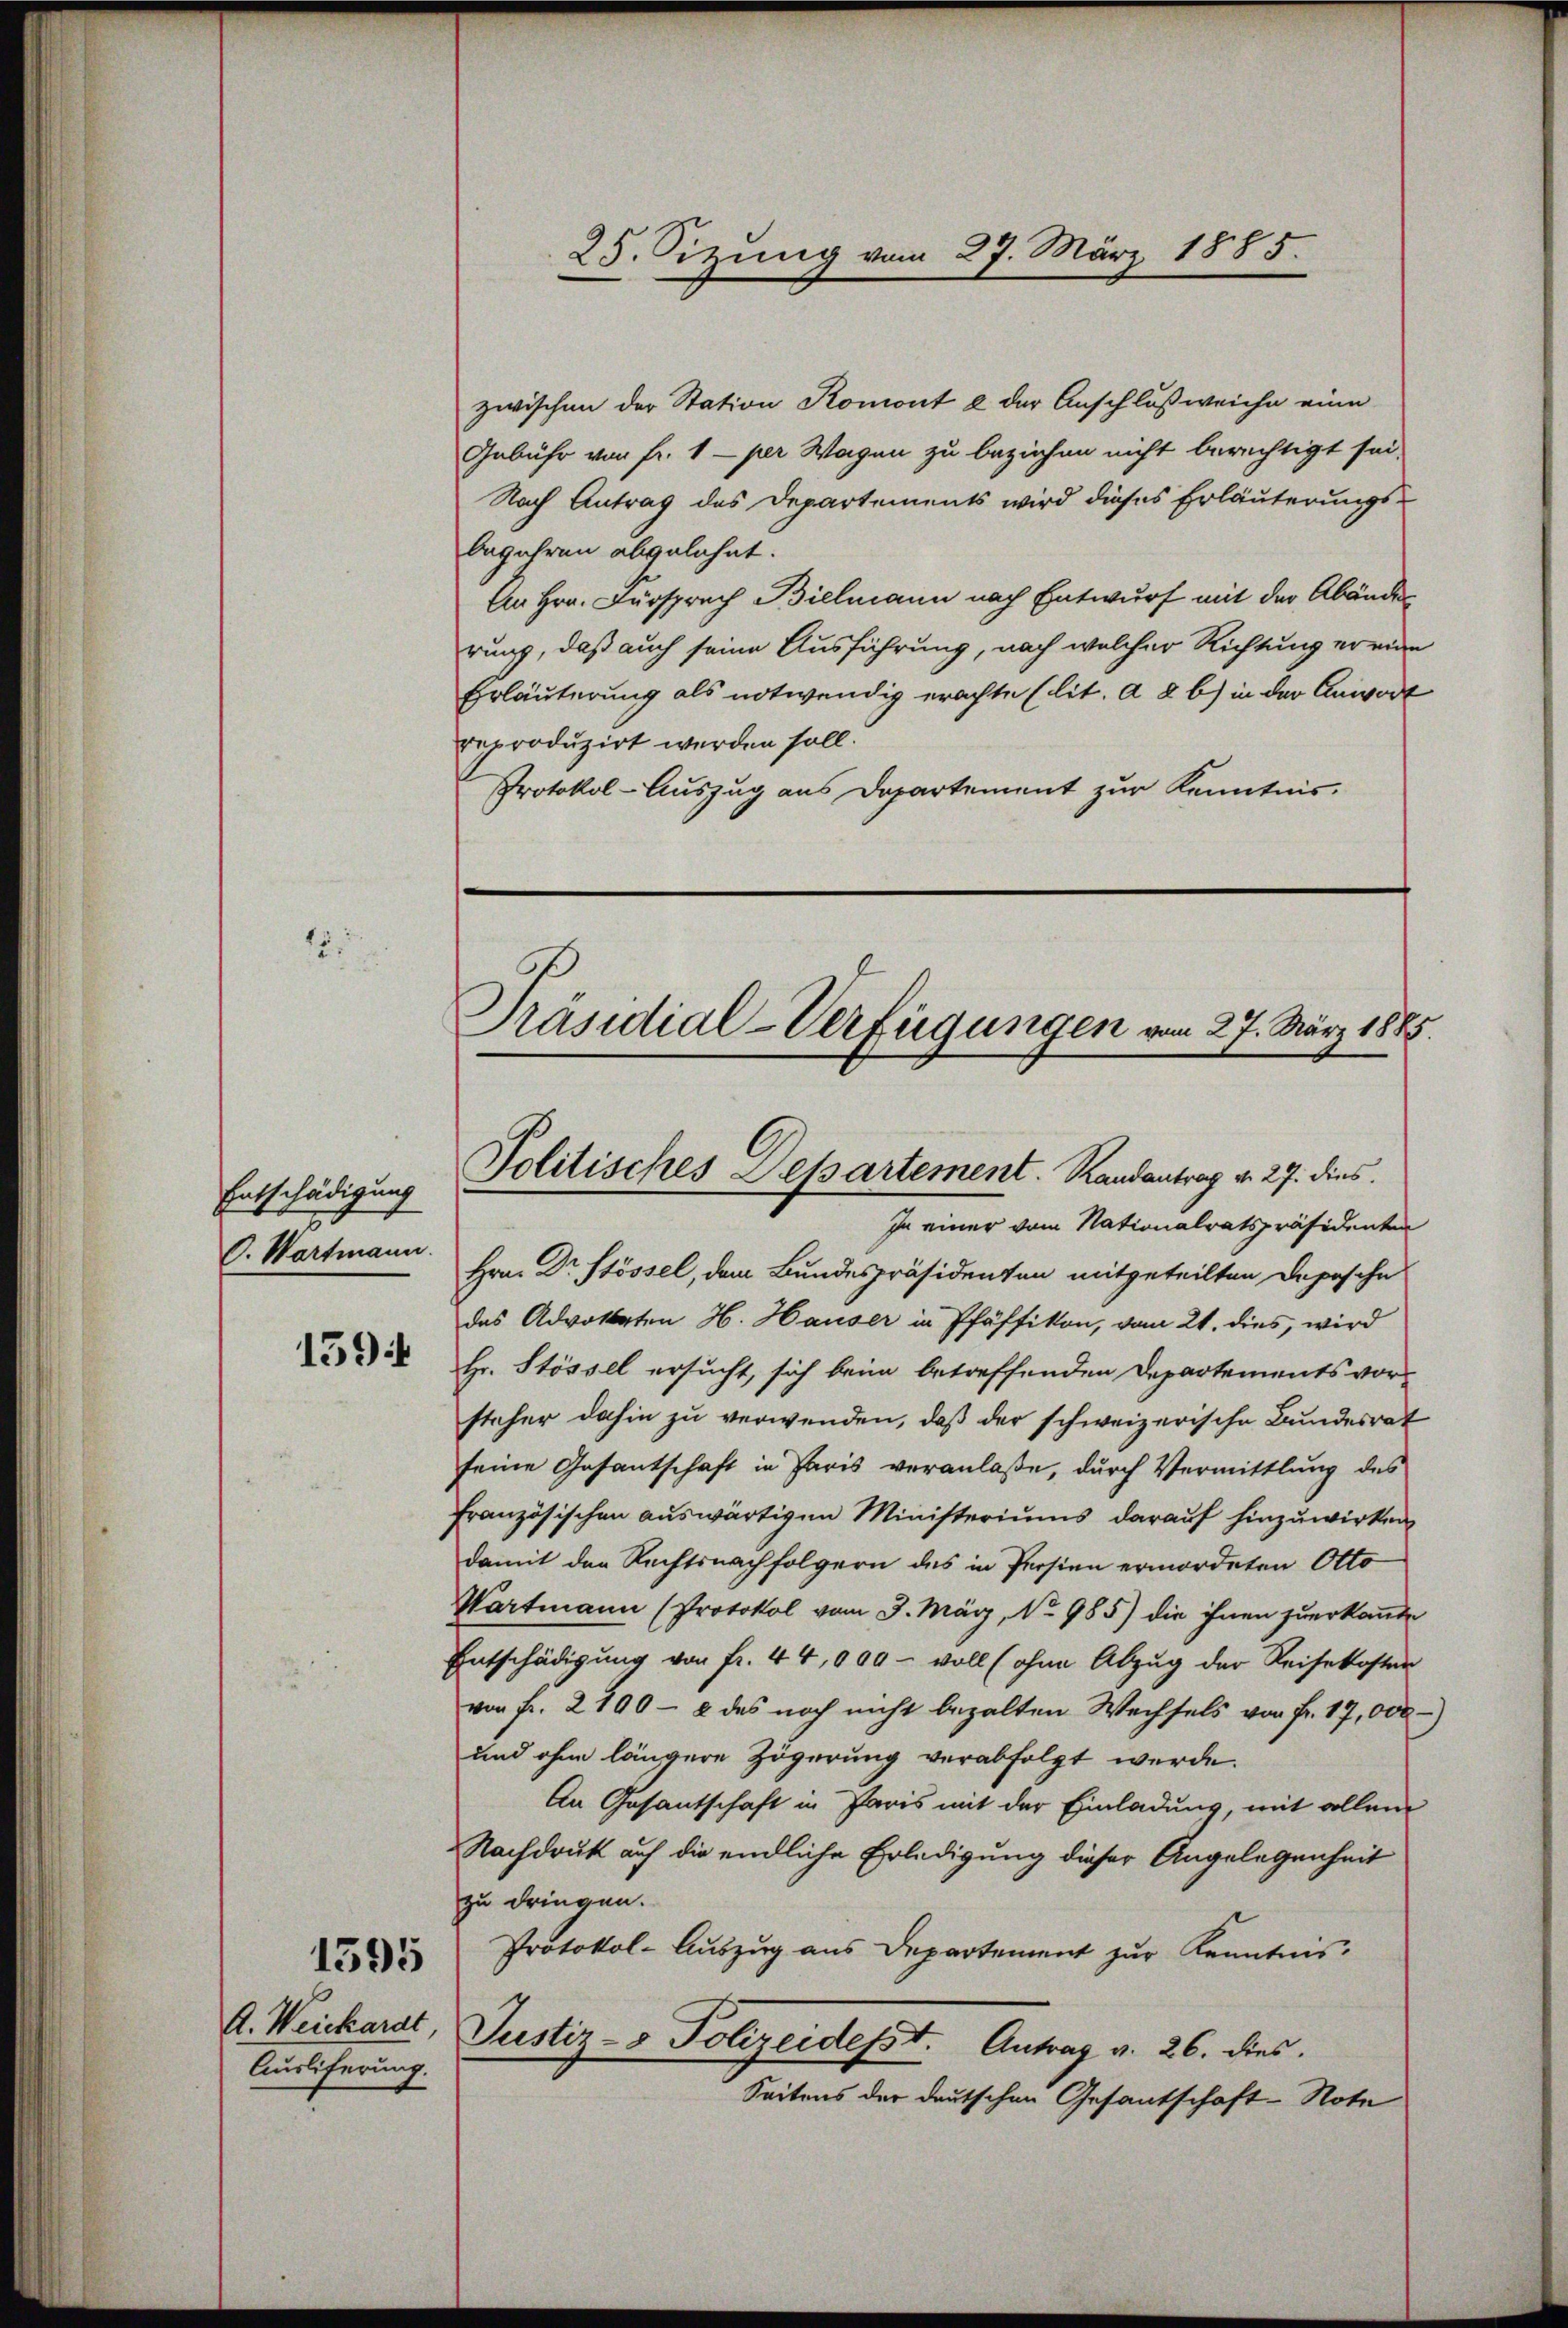
15.

Entschädigung
C. Wartmann.

1594

A. Weickarat
Auslieferung.

1595

zwischen der Station Romont a der Anschloßweiche eine
Gebühr von fr. 1 per Wagen zu beziehen nicht berechtigt sei,
Nach Antrag des Departements wird dieses Erläuterungsbegehren abgelehnt.
An Hrn. Fürsprach Billmann nach Entwurf mit der Abände
rung, daß auch seine Ausführung, nach welcher Richtung er eine
Erläuterung als notwendig erachte (lit. A d b) in der Anwort
reproduzirt werden soll.
Protokol-Auszug aus Departement zur Kenntnis.

Präsidial-Verfügungen vom 27. März 1885.
Politisches Departement. Randantrag v. 27. dies

25. Sizung vom 27. März 1885.

In einer vom Nationalratspräsidenten
Hrn. Dr Stössel, dem Bundespräsidenten mitgeteilten Depesche
das Advokaten H. Hauser in Pfäffikon, vom 21. dies, wird
Hr. Stössel ersucht, sich beim betreffenden Departements vorsteher dahin zu verwenden, daß der schweizerische Bundesrat
seine Gesantschaft in Paris veranlaße, durch Vermittlung des
Französischen auswärtigen Ministeriums darauf hinzuwirken
damit der Rechtsnachfolgern des in Persien ermordeten Otto
Wartmann (Protokol vom 3. März, No 985) die ihnen zuerkannte
Entschädigung von fr. 44,000 - voll (ohne Abzug der Reisekosten
von Fr. 2100 - 8 des noch nicht bezalten Wechsels von Fr. 17,000)
und ohne längere Zögerung verabfolgt werde.
An Gesantschaft in Paris mit der Einladung, mit allem
Nachdruk auf die endliche Erledigung dieser Angelegenheit
zu dringen.
Protokol-Auszug aus Departement zur Kenntnis.
Justiz- & Polizeidesst. Antrag v. 26. dies
Seitens der deutschen Gesantschaft-Note